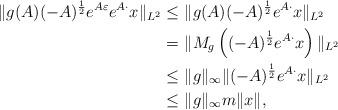
LaTeX: \begin{align*} \|g(A) (-A)^{\frac{1}{2}}e^{A\varepsilon} e^{A \cdot} x\|_{L^2} \leq &\ \|g(A) (-A)^{\frac{1}{2}} e^{A \cdot} x\|_{L^2}\\ = &\ \|M_g \left((-A)^{\frac{1}{2}} e^{A \cdot} x\right)\|_{L^2} \\ \leq&\ \|g\|_{\infty} \|(-A)^{\frac{1}{2}}e^{A \cdot} x \|_{L^2}\\ \leq&\ \|g\|_{\infty} m \|x\|,\end{align*}